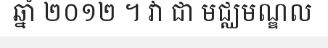
ឆ្នាំ ២០១២ ។ វា ជា មជ្ឈមណ្ឌល